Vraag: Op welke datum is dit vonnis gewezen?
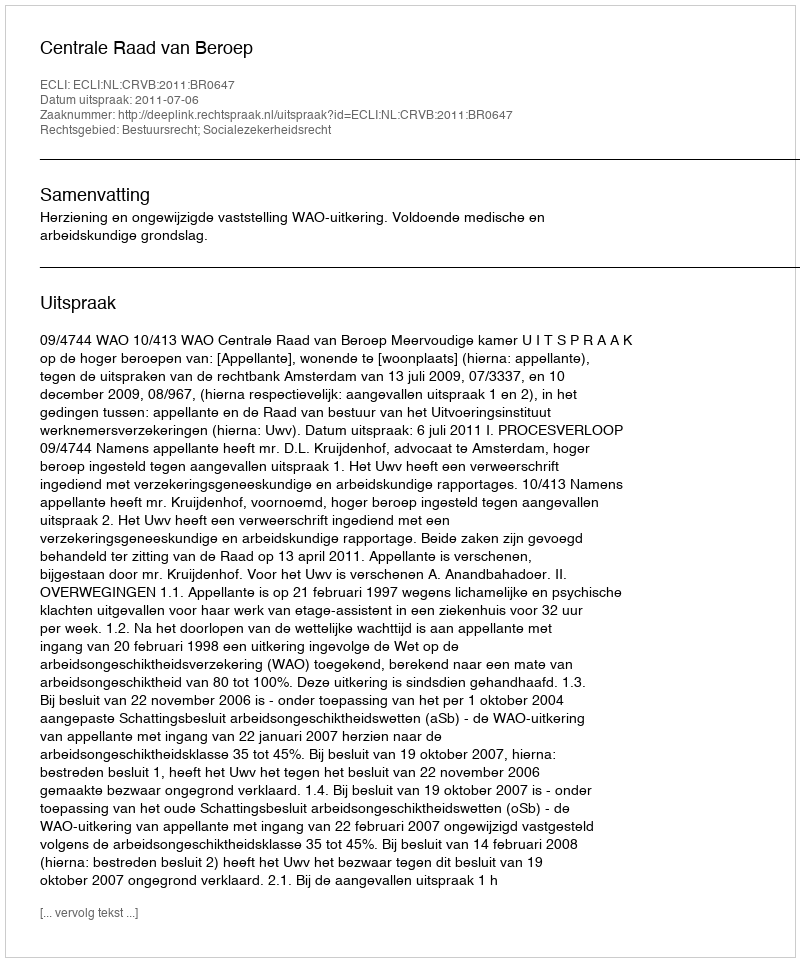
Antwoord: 2011-07-06